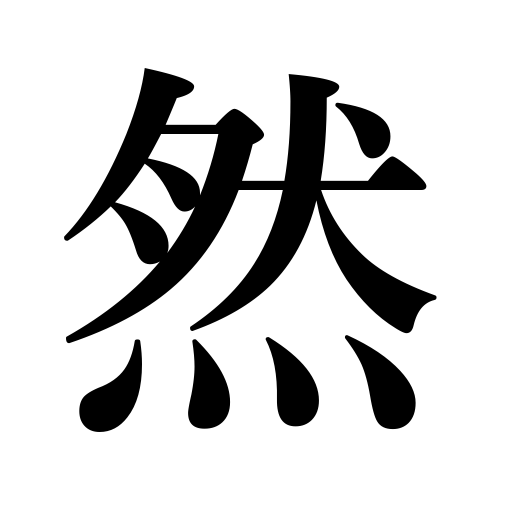
Meanings: to decree